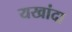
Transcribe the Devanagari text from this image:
यखांदा